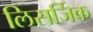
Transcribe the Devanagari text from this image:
लिसर्जिक